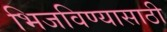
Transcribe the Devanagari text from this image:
भिजविण्यासाठी